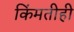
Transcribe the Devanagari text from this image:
किंमतीही